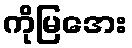
ကိုမြအေး